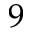
9